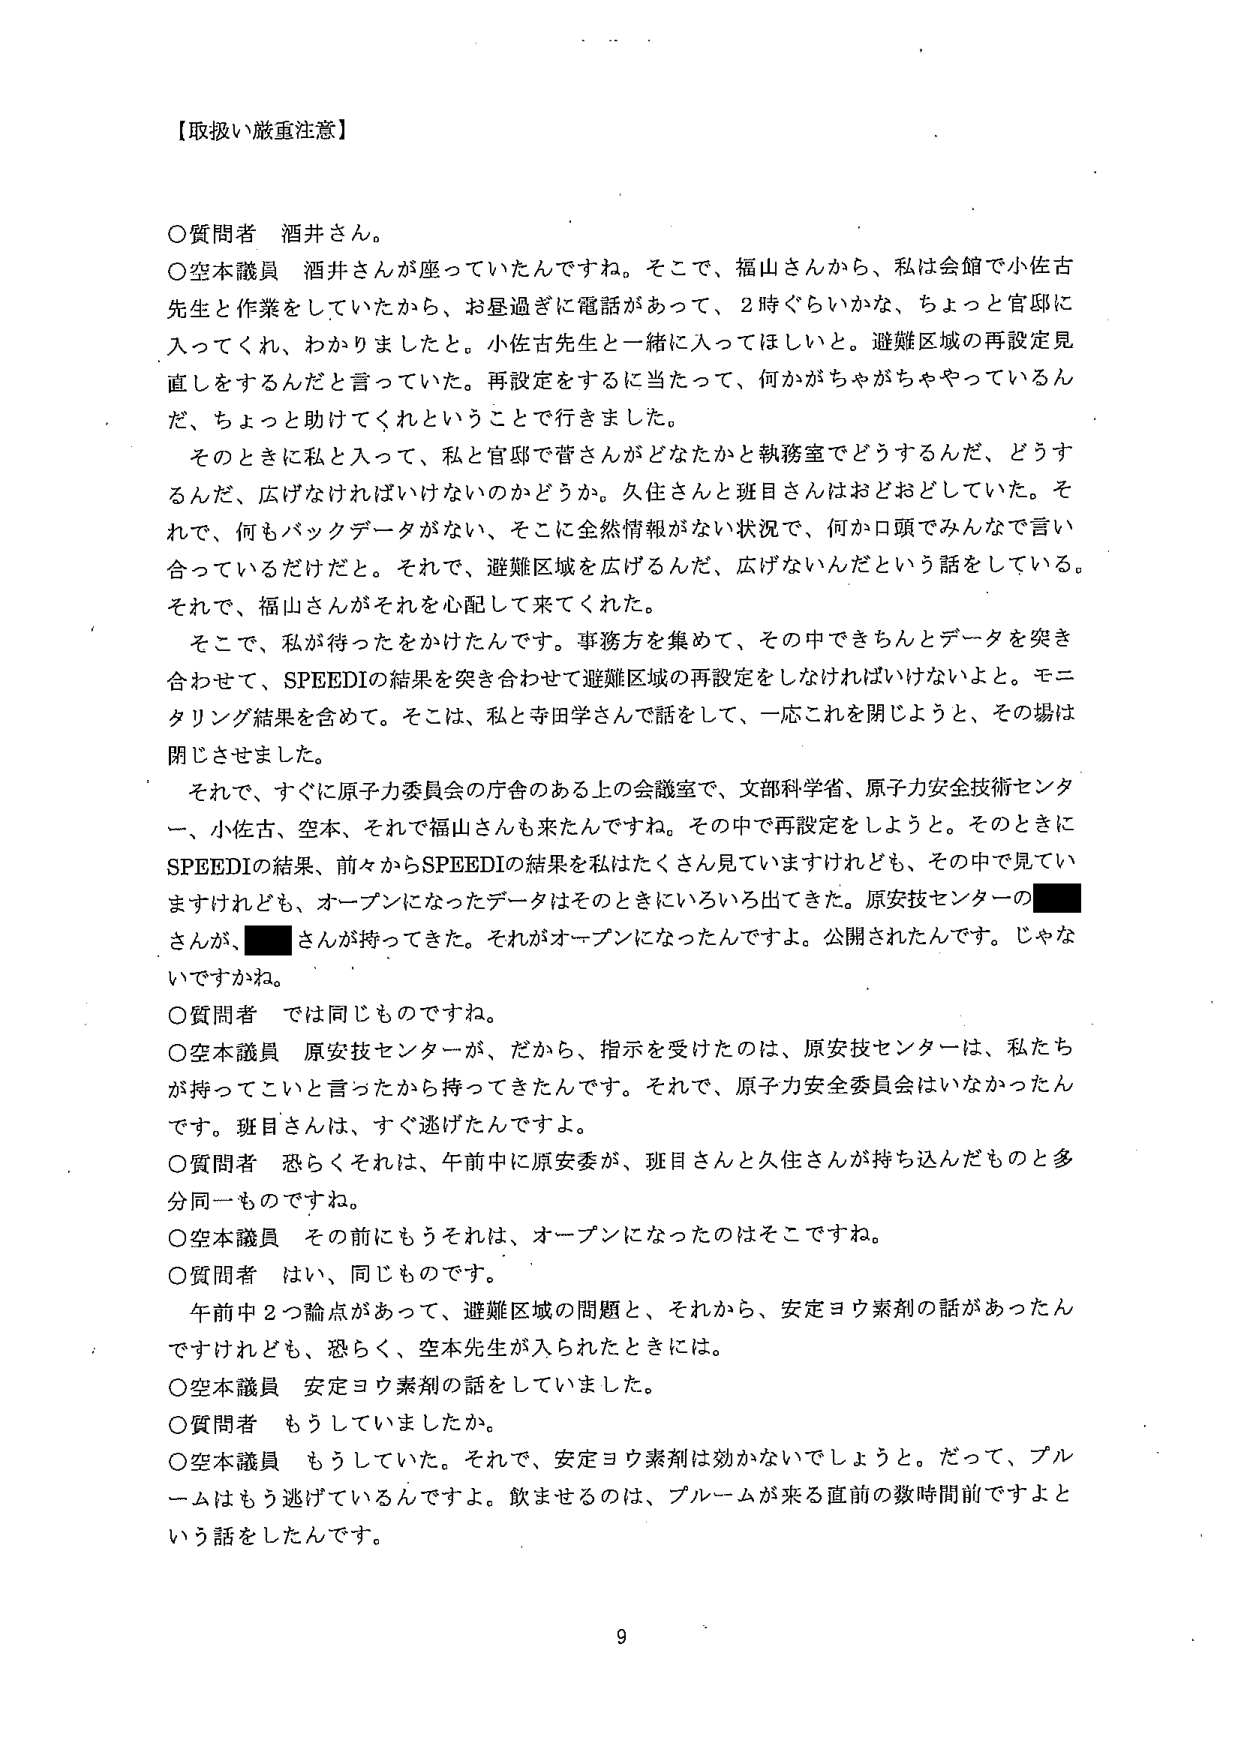
【取扱い厳重注意】

〇質問者 酒井さん。

〇空本議員 酒井さんが座っていたんですね。そこで、福山さんから、私は会館で小佐古先生と作業をしていたから、お昼過ぎに電話があって、2時ぐらいかな、ちょっと官邸に入ってくれば、わかりましたと。小佐古先生と一緒に入ってほしいと。避難区域の再設定見直しをするんだと言っていた。再設定をするに当たって、何かがちゃがちゃやっているんだ、ちょっと助けてくれということで行きました。

そのときに私と入って、私と官邸で菅さんがどなたかと執務室でどうするんだ、どうするんだ、広げなければならないのかどうか。久住さんと班目さんはおどおどしていた。それで、何もバックデータがない、そこに全然情報がない状況で、何か口頭でみんなで言い合っているだけだと。それで、避難区域を広げるんだ、広げないんだという話をしている。それで、福山さんがそれを心配して来てくれた。

そこで、私が待ったをかけたんです。事務方を集めて、その中できちんとデータを突き合わせて、SPEEDIの結果を突き合わせて避難区域の再設定をしなければいけないよと。モニタリング結果を含めて。そこは、私と寺田学さんで話をして、一応これを閉じようと、その場は閉じさせました。

それで、すぐに原子力委員会の庁舎のある上の会議室で、文部科学省、原子力安全技術センター、小佐古、空本、それで福山さんも来たんですね。その中で再設定をしようと。そのときにSPEEDIの結果、前々からSPEEDIの結果は私はたくさん見ていますけれども、その中で見ていますけれども、オープンになったデータはそのときにいろいろ出てきた。原安技センターの■■さんが、■■さんが持ってきた。それがオープンになったんですよ。公開されたんです。じゃないですかね。

〇質問者 では同じものですね。

〇空本議員 原安技センターが、だから、指示を受けたのは、原安技センターは、私たちが持ってこいと言ったから持ってきたんです。それで、原子力安全委員会はいなかったんです。班目さんは、すぐ逃げたんですよ。

〇質問者 恐らくそれは、午前中に原安委が、班目さんと久住さんが持ち込んだものと多分同一ものですね。

〇空本議員 その前にもうそれは、オープンになったのはそこですね。

〇質問者 はい、同じものです。

午前中2つ論点があって、避難区域の問題と、それから、安定ヨウ素剤の話があったんですけども、恐らく、空本先生が入られたときには。

〇空本議員 安定ヨウ素剤の話をしていました。

〇質問者 もうしていましたか。

〇空本議員 もうしていた。それで、安定ヨウ素剤は効かないでしょうと。だって、プルームはもう逃げているんですよ。飲ませるのは、プルームが来る直前の数時間前ですよという話をしたんです。

9